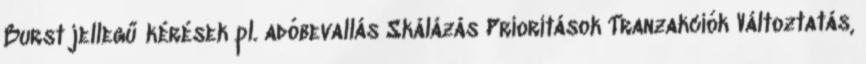
Burst jellegű kérések pl. adóbevallás Skálázás Prioritások Tranzakciók Változtatás,